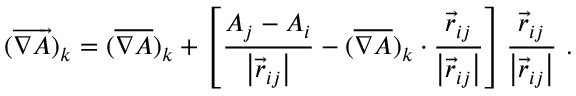
( \overrightarrow { \nabla A } ) _ { k } = ( \overline { { \nabla A } } ) _ { k } + \left[ \frac { A _ { j } - A _ { i } } { \left| \vec { r } _ { i j } \right| } - ( \overline { { \nabla A } } ) _ { k } \cdot \frac { \vec { r } _ { i j } } { \left| \vec { r } _ { i j } \right| } \right] \frac { \vec { r } _ { i j } } { \left| \vec { r } _ { i j } \right| } \mathrm { ~ . }